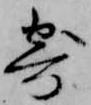
寄